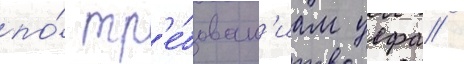
по́ тр'е́бован'иам уефа /